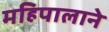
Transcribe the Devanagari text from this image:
महिपालाने